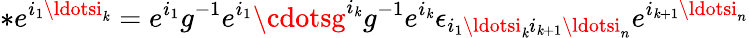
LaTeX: *e^{i_{1}\ldotsi_{\mathit{k}}}=e^{i_{1}}g^{-1}e^{i_{1}}\cdotsg^{i_{\mathit{k}}}g^{-1}e^{i_{\mathit{k}}}\epsilon_{i_{1}\ldotsi_{\mathit{k}}i_{\mathit{k}+1}\ldotsi_{n}}e^{i_{\mathit{k}+1}\ldotsi_{n}}